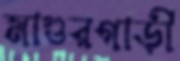
মাগুরগাড়ী